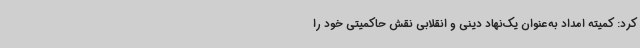
کرد: کمیته امداد به‌عنوان یک‌نهاد دینی و انقلابی نقش حاکمیتی خود را